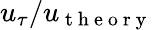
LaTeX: u_{\tau}/u_{\mathrm{~t~h~e~o~r~y~}}